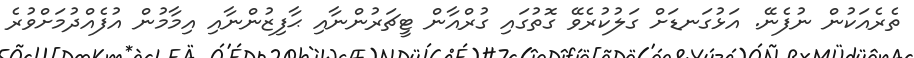
ތެރެއަކުން ނުފެނޭ. އަޅުގަނޑަށް ގަލުކުރެވޭ ގޮތުގައި ގުރްއާން ޓީޗަރުންނާއި ޙާފިޒުންނާއި އިމާމުން އުފެއްދުމަށްވުރެ